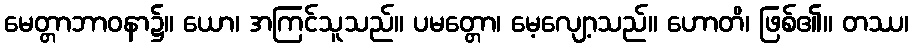
မေတ္တာဘာဝနာ၌။ ယော၊ အကြင်သူသည်။ ပမတ္တော၊ မေ့လျော့သည်။ ဟောတိ၊ ဖြစ်၏။ တဿ၊